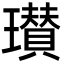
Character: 瓉